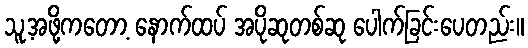
သူ့အဖို့ကတော့ နောက်ထပ် အပိုဆုတစ်ဆု ပေါက်ခြင်းပေတည်း။